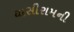
ઘાસીરામની